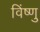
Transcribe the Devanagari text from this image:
विंष्णु